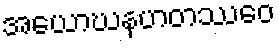
အယောဃနဟတဿေဝ